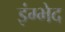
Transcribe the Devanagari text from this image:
इंग्भेद